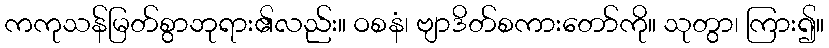
ကကုသန်မြတ်စွာဘုရား၏လည်း။ ဝစနံ၊ ဗျာဒိတ်စကားတော်ကို။ သုတွာ၊ ကြား၍။